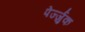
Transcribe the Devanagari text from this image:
पेर्ज्जुक